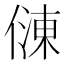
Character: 𠍀